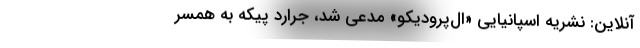
‌آنلاین: نشریه اسپانیایی «ال‌پرودیکو» مدعی شد، جرارد پیکه به همسر